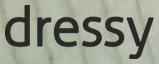
dressy